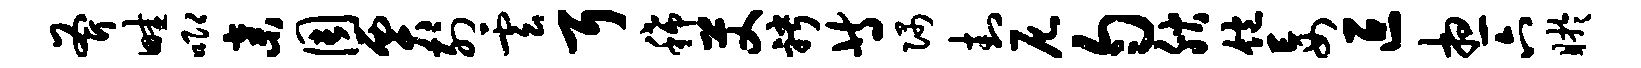
斧畦唧弃周贾列云耳稀艾聘等隅封尼匀腴饱妄叵想六盱